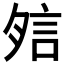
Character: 𧦇